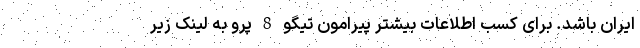
ایران باشد. برای کسب اطلاعات بیشتر پیرامون تیگو 8 پرو به لینک زیر